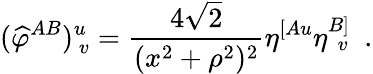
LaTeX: ({\widehat\varphi}^{AB})_{~v}^{u}={\frac{4\sqrt{2}}{(x^{2}+\rho^{2})^{2}}}\eta^{[Au}\eta_{~\, v}^{B]}~~.